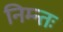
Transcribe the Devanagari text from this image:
निम्न्तः